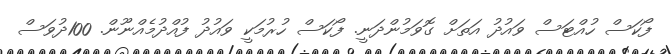
ފޯކަސް ހުއްޓަސް ވައުދު އަތަށް ގޮވަމުންދަނީ. ފޯކަސް ހުރުމަކީ ވައުދު ފުއްދުމެއްނޫން. 100ދުވަސް